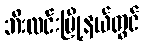
ဘီးလင်းမြို့နယ်တွင်